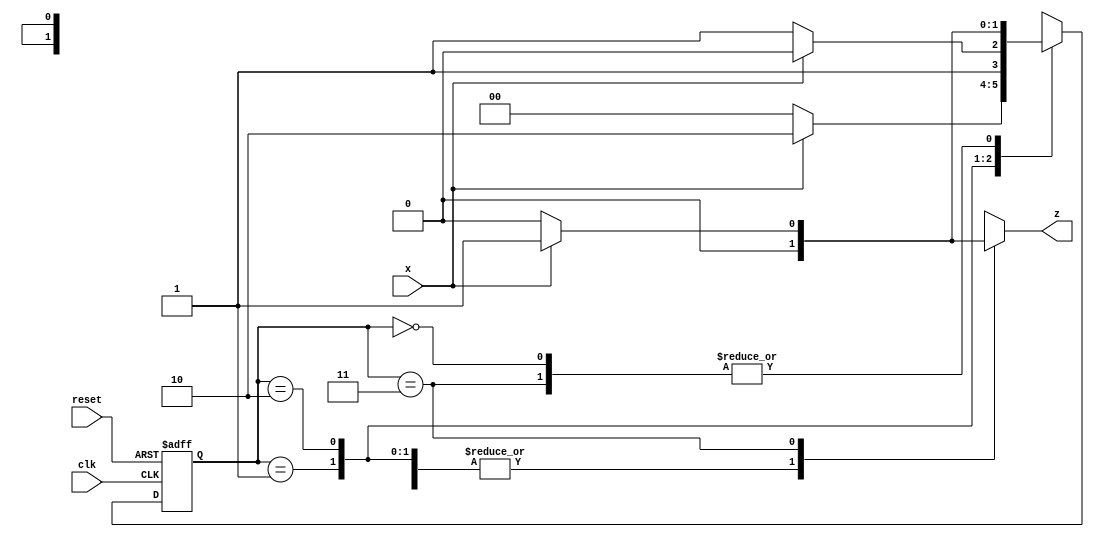
`timescale 1ns / 1ps
//////////////////////////////////////////////////////////////////////////////////
// Company: 
// Engineer: 
// 
// Design Name: 
// Module Name: mealy_1101
// Project Name: 
// Target Devices: 
// Tool Versions: 
// Description: 
// 
// Dependencies: 
// 
// Revision:
// Revision 0.01 - File Created
// Additional Comments:
// 
//////////////////////////////////////////////////////////////////////////////////


module mealy_1101(z,x,clk,reset);
input x,clk,reset;
output reg z;

parameter S0 = 2'b00 , S1 = 2'b01 , S2 = 2'b10 , S3 = 2'b11;
reg [1:0] PS,NS;

always@(posedge clk or posedge reset)
begin
	if(reset)
          PS <= S0;   
      else    
          PS <= NS;
end 
always@(PS or x)
 begin 
   case(PS)
      S0 : begin 
           z = 0 ;
	      NS = x ? S1 : S0 ;
	      $display(PS);
           end
       S1 : begin 
	       z = 0 ;
             NS = x ? S2 : S0 ;
             $display(PS);
             end
S2 : begin 
                z = 0 ;
                NS = x ? S2 : S3 ;
                $display(PS);
                 end 
           S3 : begin 
                z = x ? 1 : 0 ; 
                NS = x ? S1 : S0 ;
                $display(PS);
                end

            endcase
          end
        endmodule